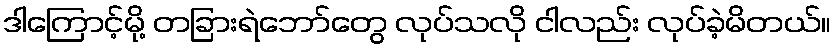
ဒါကြောင့်မို့ တခြားရဲဘော်တွေ လုပ်သလို ငါလည်း လုပ်ခဲ့မိတယ်။